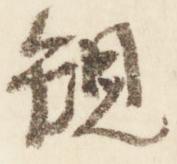
規